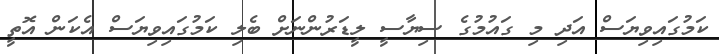
ކަމުގައިވިޔަސް އަދި މި ގައުމުގެ ސިޔާސީ ލީޑަރުންނަށް ބެލި ކަމުގައިވިޔަސް އެކަން އޮތީ